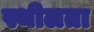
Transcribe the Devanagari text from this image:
स्थीलता